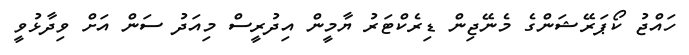
ހައްޖު ކޯޕަރޭޝަންގެ މެނޭޖިން ޑިރެކްޓަރު ޔާމީން އިދުރީސް މިއަދު ސަން އަށް ވިދާޅުވީ